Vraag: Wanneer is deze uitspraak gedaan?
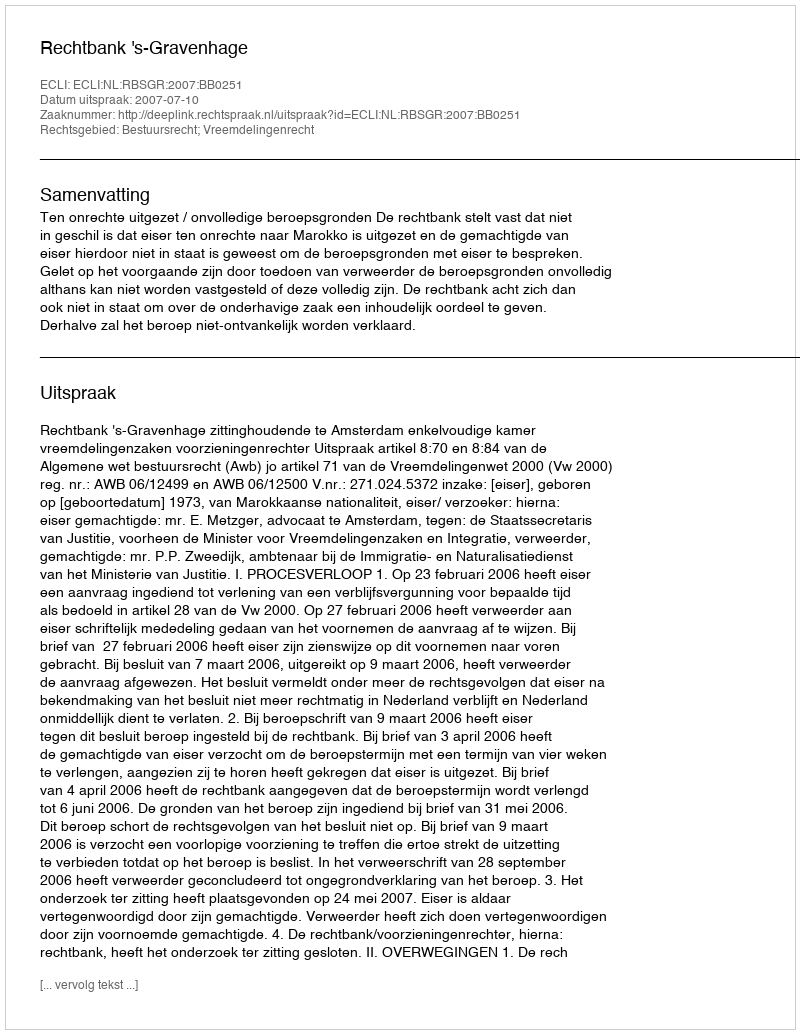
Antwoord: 2007-07-10